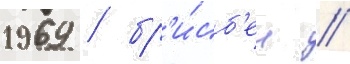
1969 / бр'и́сб'ен /